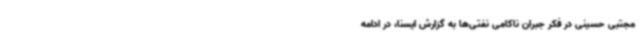
مجتبی حسینی در فکر جبران ناکامی‌ نفتی‌ها به گزارش ایسنا، در ادامه